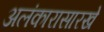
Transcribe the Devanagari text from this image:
अलंकारासारखे